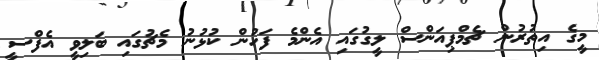
މީގެ އިތުރުން ޗެމްޕިއަންސް ލީގުގައި އެންމެ ފަހުން ކުޅުނު މެޗުގައި ބަލިވީ އެފްސީ